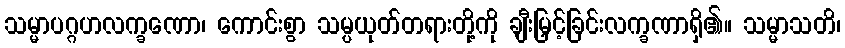
သမ္မာပဂ္ဂဟလက္ခဏော၊ ကောင်းစွာ သမ္ပယုတ်တရားတို့ကို ချီးမြှင့်ခြင်းလက္ခဏာရှိ၏။ သမ္မာသတိ၊